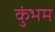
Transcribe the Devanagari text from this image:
कुंभम